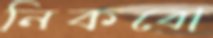
নিকবো